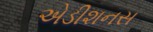
એડીશનસ